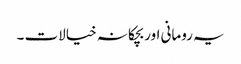
یہ رومانی اور بچکانہ خیالات ۔